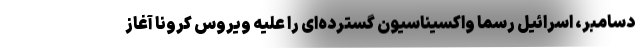
دسامبر، اسرائیل رسما واکسیناسیون گسترده‌ای را علیه ویروس کرونا آغاز